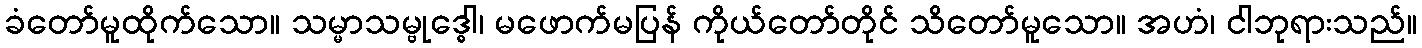
ခံတော်မူထိုက်သော။ သမ္မာသမ္ဗုဒ္ဓေါ၊ မဖောက်မပြန် ကိုယ်တော်တိုင် သိတော်မူသော။ အဟံ၊ ငါဘုရားသည်။